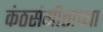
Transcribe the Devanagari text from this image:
कंठसंगीताच्या